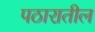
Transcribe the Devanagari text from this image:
पठारातील